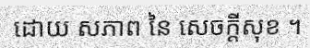
ដោយ សភាព នៃ សេចក្តីសុខ ។